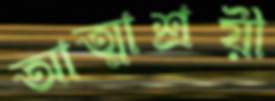
আত্মাশ্রয়ী